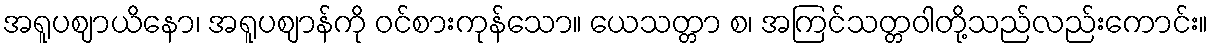
အရူပဈာယိနော၊ အရူပဈာန်ကို ဝင်စားကုန်သော။ ယေသတ္တာ စ၊ အကြင်သတ္တဝါတို့သည်လည်းကောင်း။